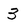
Character: 3